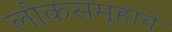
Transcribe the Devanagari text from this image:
लोकसमूहाचे